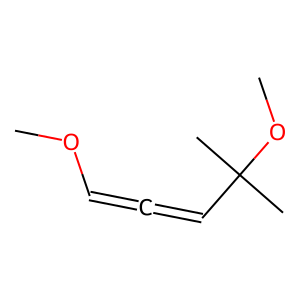
SMILES: COC=C=CC(C)(C)OC
Inhibits HIV replication: No